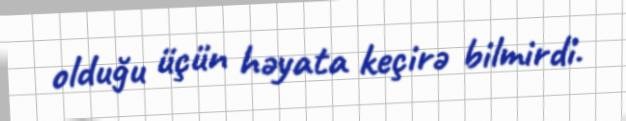
olduğu üçün həyata keçirə bilmirdi.